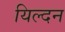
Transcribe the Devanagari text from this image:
यिल्दन